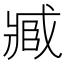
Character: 𮍐